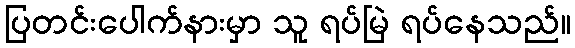
ပြတင်းပေါက်နားမှာ သူ ရပ်မြဲ ရပ်နေသည်။